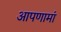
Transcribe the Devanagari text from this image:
आपणामां